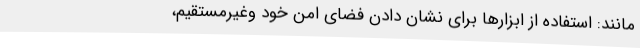
مانند: استفاده از ابزارها برای نشان دادن فضای امن خود وغیرمستقیم،